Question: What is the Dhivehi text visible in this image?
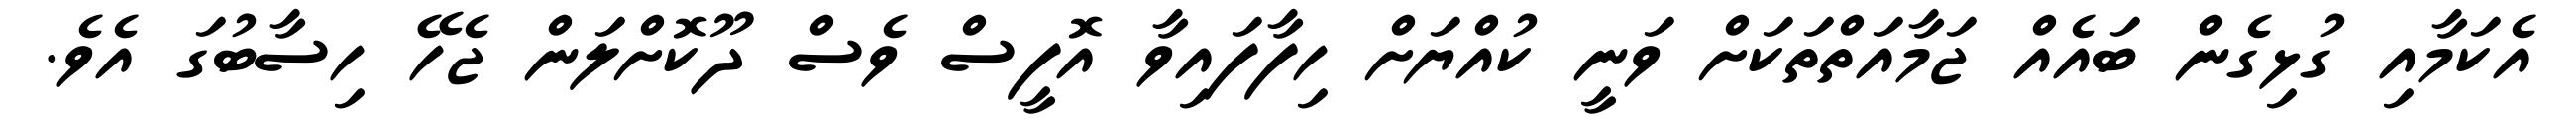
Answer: އެކަމާއި ގުޅިގެން ބައެއް ޖަމާއަތްތަކަށް ވަނީ ކުއްޔަށް ހިފާފައިވާ އޮފީސް ވެސް ދޫކޮށްލަން ޖެހޭ ހިސާބުގަ އެވެ.